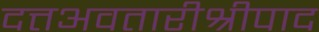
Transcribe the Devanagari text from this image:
दत्तअवतारीश्रीपाद